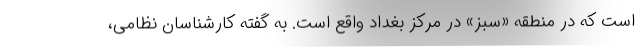
است که در منطقه «سبز» در مرکز بغداد واقع است. به گفته کارشناسان نظامی،